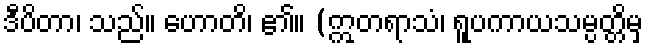
ဒီပိတာ၊ သည်။ ဟောတိ၊ ၏။ (ဣတရာသံ၊ ရူပကာယသမ္ပတ္တိမှ